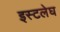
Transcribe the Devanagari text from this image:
इस्टलेघ